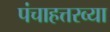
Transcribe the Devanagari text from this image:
पंचाहत्तरव्या